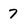
Character: 7